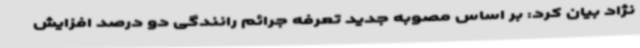
نژاد بیان کرد: بر اساس مصوبه جدید تعرفه جرائم رانندگی دو درصد افزایش